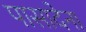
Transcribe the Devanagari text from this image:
पासादेना